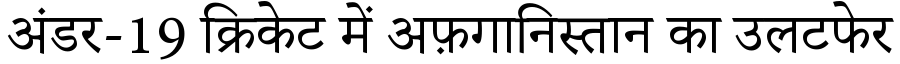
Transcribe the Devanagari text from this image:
अंडर-19 क्रिकेट में अफ़गानिस्तान का उलटफेर